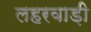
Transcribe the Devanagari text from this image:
लहरवाड़ी